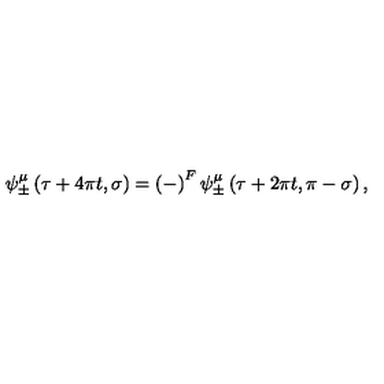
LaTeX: \psi _ { \pm } ^ { \mu } \left( \tau + 4 \pi t , \sigma \right) = \left( - \right) ^ { F } \psi _ { \pm } ^ { \mu } \left( \tau + 2 \pi t , \pi - \sigma \right) ,